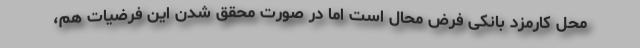
محل کارمزد بانکی فرض محال است اما در صورت محقق شدن این فرضیات هم،